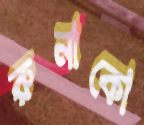
রুনাকো